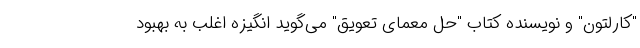
"کارلتون" و نویسنده کتاب "حل معمای تعویق" می‌گوید انگیزه اغلب به بهبود